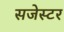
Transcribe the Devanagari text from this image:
सजेस्टर